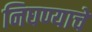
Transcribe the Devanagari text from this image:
निघण्याचे